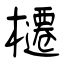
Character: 櫏